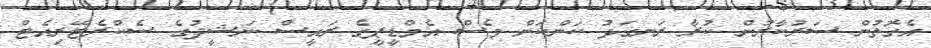
އެގޮތުން ސަރުކާރުން ކުރާ ރަނގަޅު ކަންކަން ވެސް އެމްޑީޕީގެ ރައީސް ނަޝީދުގެ ސެކްރެޓޭރިއެޓް